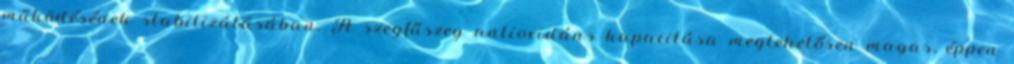
működésének stabilizálásában. A szegfűszeg antioxidáns kapacitása meglehetősen magas, éppen